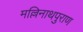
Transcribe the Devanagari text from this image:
मल्लिनाथपुराण